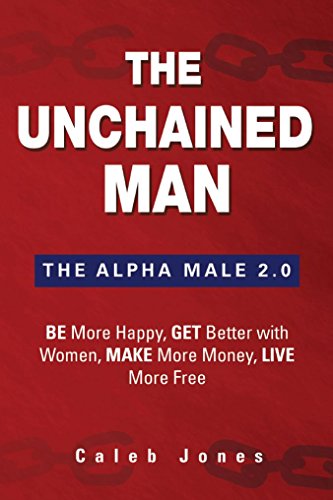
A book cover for The Unchained Man: The Alpha Male 2.0: Be More Happy, Make More Money, Get Better with Women, Live More Free; Caleb Jones; Self-Help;